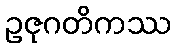
ဥဇုဂတိကဿ